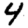
Digit: 4